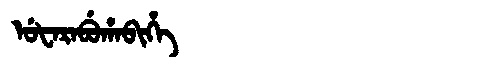
Manchu: ᡠᡶᠠᡵᠠᠪᡠᡥᠠᠪᡳᡥᡝ
Romanization: UFARABUHABIHE